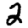
Digit: 2